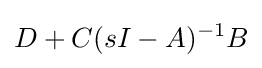
D+C(sI-A)^{-1}B